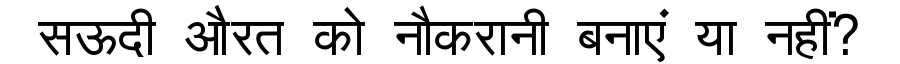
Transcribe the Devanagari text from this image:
सऊदी औरत को नौकरानी बनाएं या नहीं?